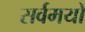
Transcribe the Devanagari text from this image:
सर्वमयो